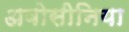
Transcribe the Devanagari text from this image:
अबोसीनिया